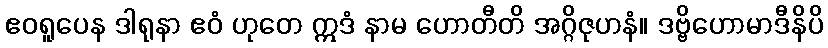
ဧဝရူပေန ဒါရုနာ ဧဝံ ဟုတေ ဣဒံ နာမ ဟောတီတိ အဂ္ဂိဇုဟနံ။ ဒဗ္ဗိဟောမာဒီနိပိ